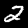
Digit: 2